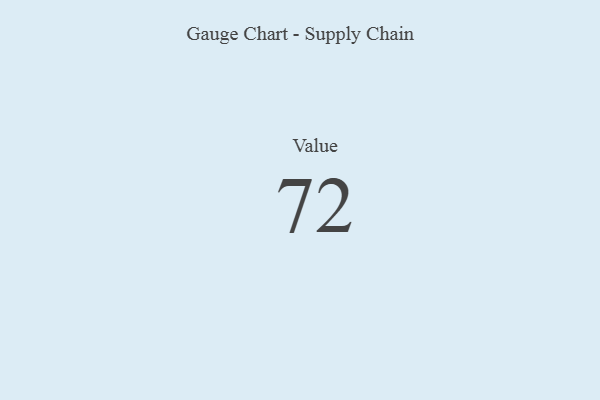
{"axis": {"x": "Metric", "y": "Value"}, "legend": [""], "data": [{"x": "Value", "y": 72, "type": ""}]}